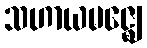
သဟာယမဇ္ဈေ